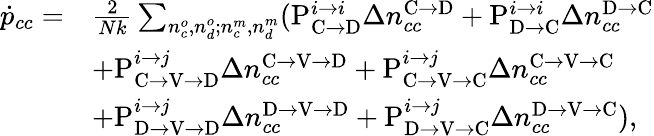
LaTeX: \begin{array}{rl}{\dot{p}_{cc}=}&{\frac{2}{Nk}\sum_{n_{c}^{o},n_{d}^{o};n_{c}^{m},n_{d}^{m}}(\mathrm{P}_{\mathrm{C}\rightarrow\mathrm{D}}^{i\rightarrow i}\Delta n_{cc}^{\mathrm{C}\rightarrow\mathrm{D}}+\mathrm{P}_{\mathrm{D}\rightarrow\mathrm{C}}^{i\rightarrow i}\Delta n_{cc}^{\mathrm{D}\rightarrow\mathrm{C}}}\\ &{+\mathrm{P}_{\mathrm{C}\rightarrow\mathrm{V}\rightarrow\mathrm{D}}^{i\rightarrow j}\Delta n_{cc}^{\mathrm{C}\rightarrow\mathrm{V}\rightarrow\mathrm{D}}+\mathrm{P}_{\mathrm{C}\rightarrow\mathrm{V}\rightarrow\mathrm{C}}^{i\rightarrow j}\Delta n_{cc}^{\mathrm{C}\rightarrow\mathrm{V}\rightarrow\mathrm{C}}}\\ &{+\mathrm{P}_{\mathrm{D}\rightarrow\mathrm{V}\rightarrow\mathrm{D}}^{i\rightarrow j}\Delta n_{cc}^{\mathrm{D}\rightarrow\mathrm{V}\rightarrow\mathrm{D}}+\mathrm{P}_{\mathrm{D}\rightarrow\mathrm{V}\rightarrow\mathrm{C}}^{i\rightarrow j}\Delta n_{cc}^{\mathrm{D}\rightarrow\mathrm{V}\rightarrow\mathrm{C}}),}\end{array}